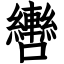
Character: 轡